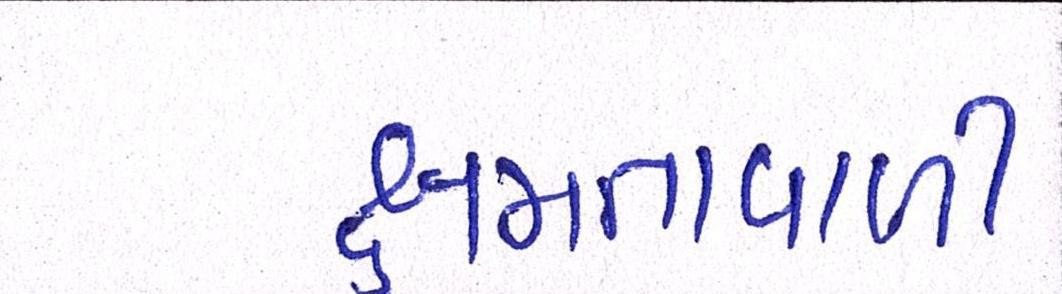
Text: ક્ષમતાવાળી